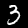
Label: 3